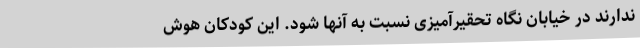
ندارند در خیابان نگاه تحقیرآمیزی نسبت به آنها شود. این کودکان هوش